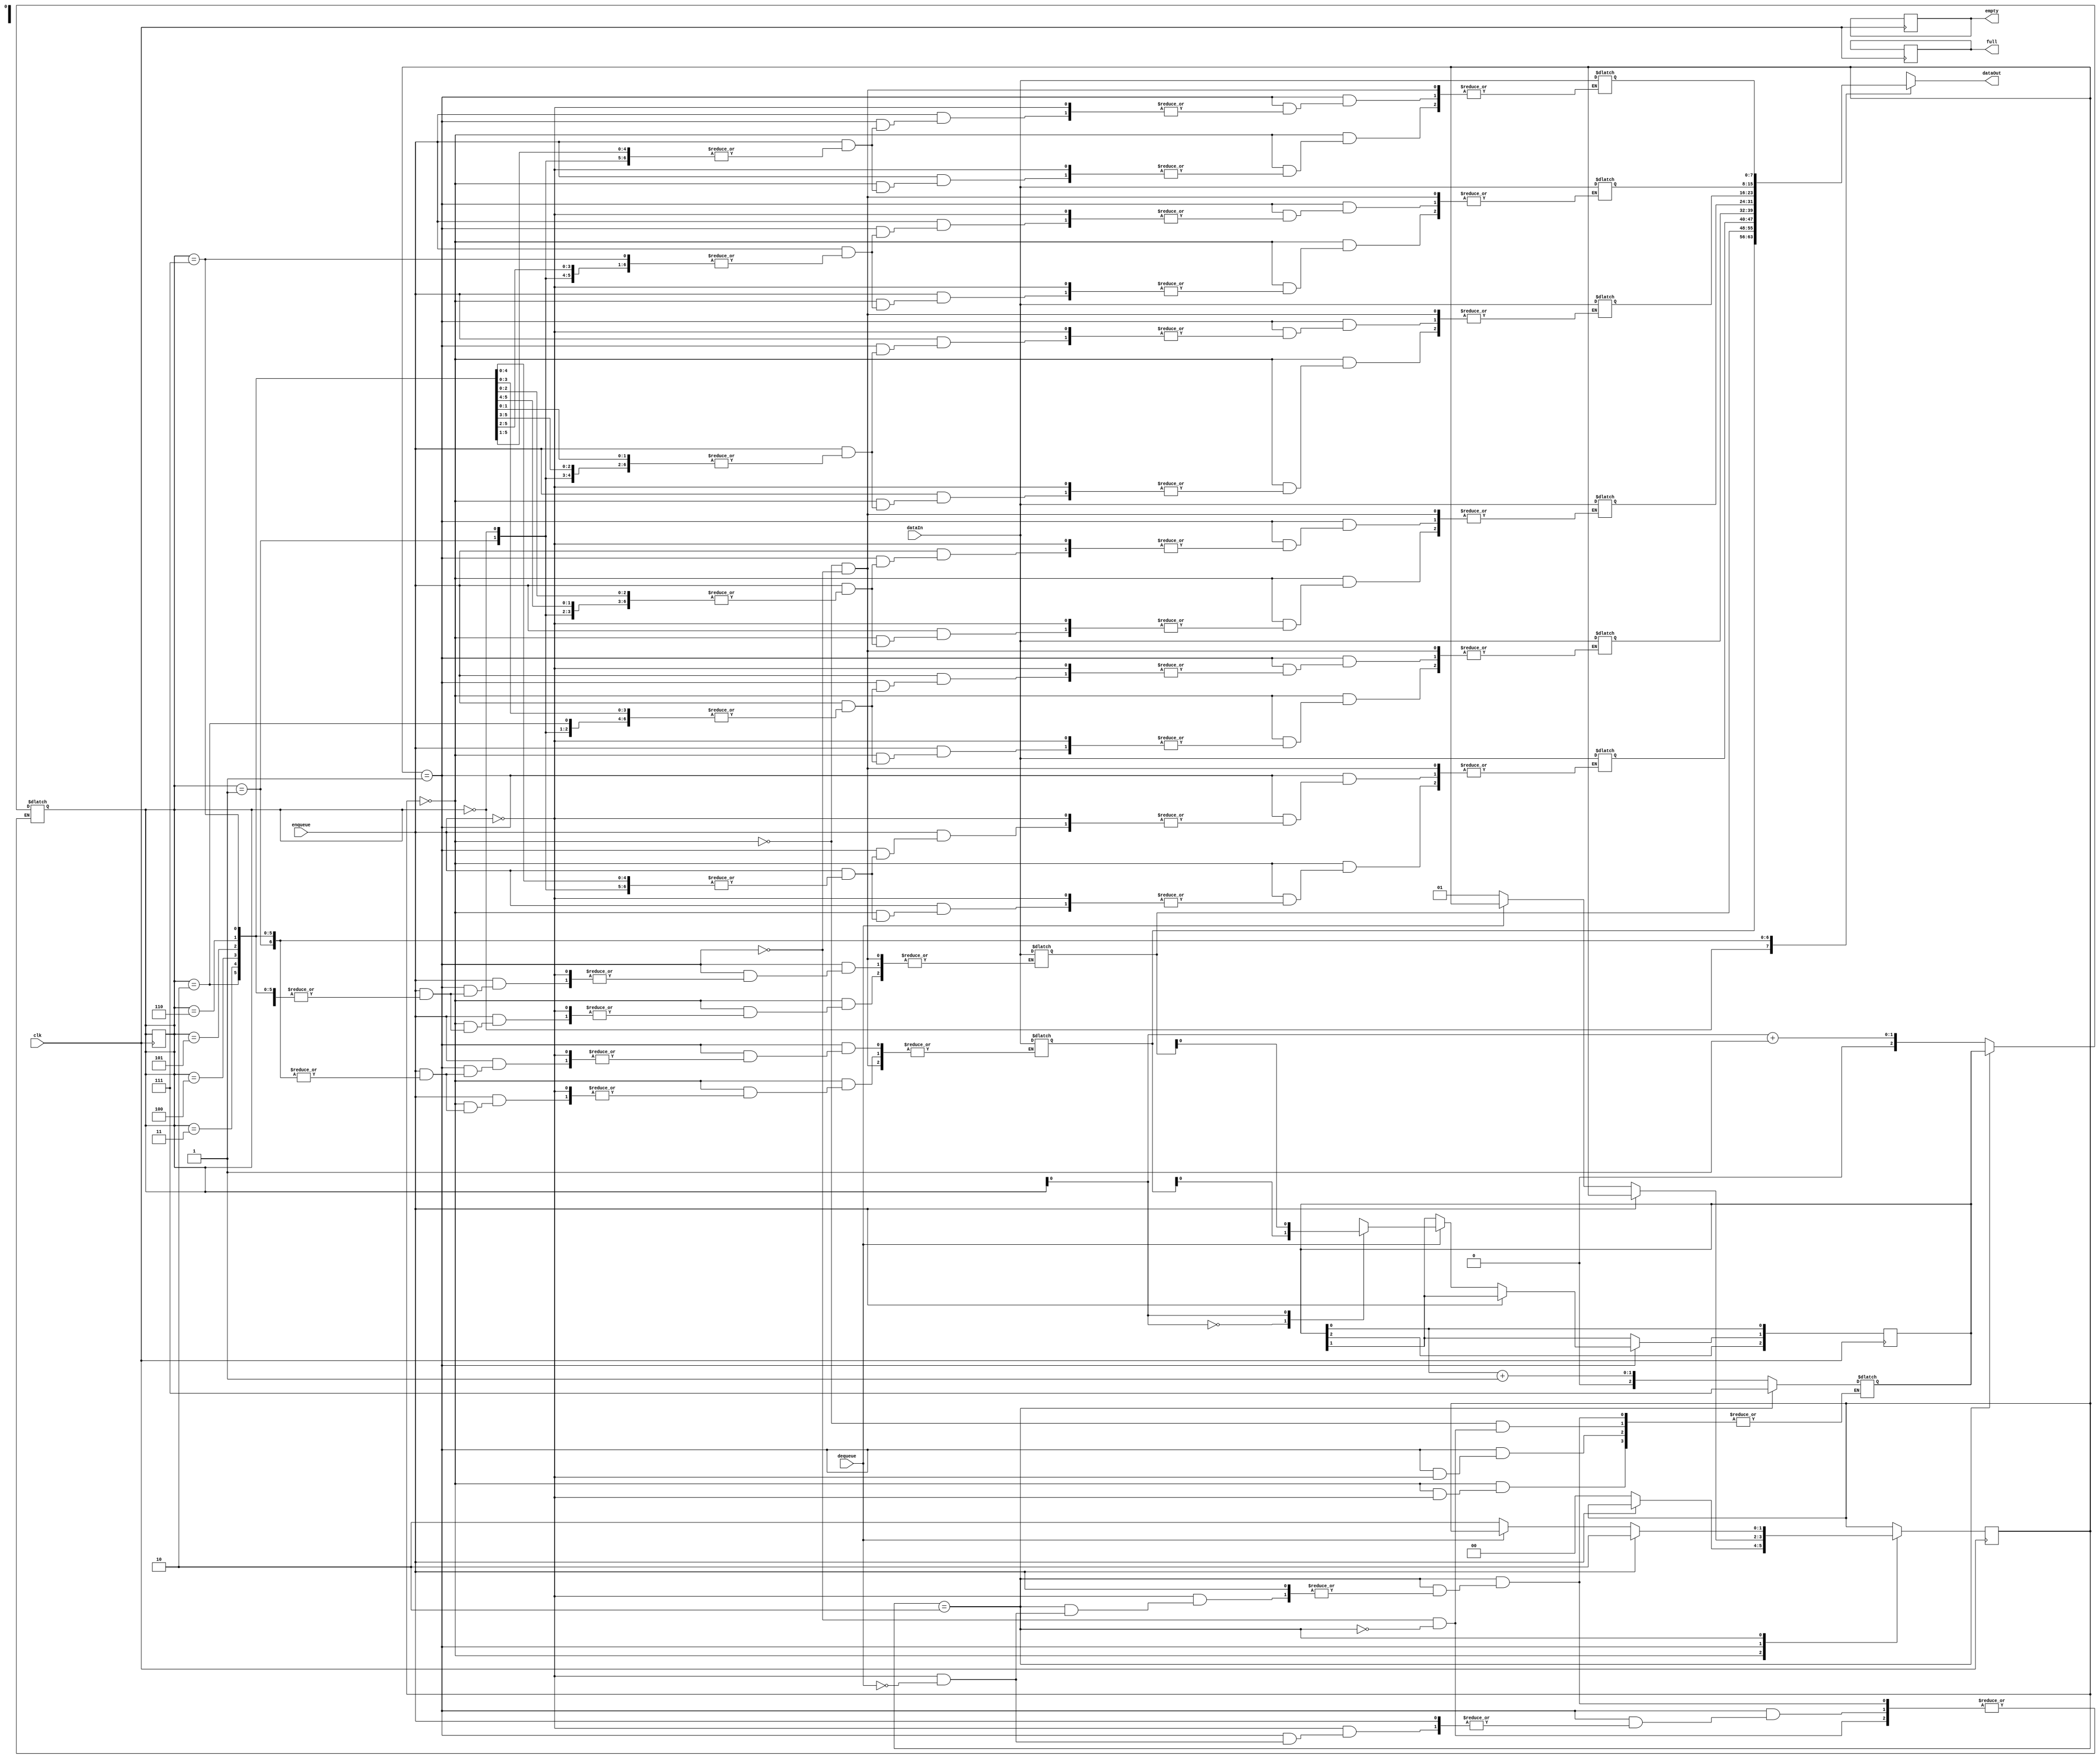
`timescale 1ns / 1ps
//////////////////////////////////////////////////////////////////////////////////
// Company: 
// Engineer: 
// 
// Design Name: 
// Module Name: FIFO
// Project Name: 
// Target Devices: 
// Tool Versions: 
// Description: 
// 
// Dependencies: 
// 
// Revision:
// Revision 0.01 - File Created
// Additional Comments:
// 
//////////////////////////////////////////////////////////////////////////////////

module FIFO
  (
    input [7:0]dataIn,
    input clk,enqueue,dequeue,
    output reg full,empty,
    output [7:0]dataOut
  );
  
  // enqueue = "place" and dequeue = "remove"
  
  // Declare State Constants...
  localparam [1:0]
  	EMPTY = 2'b00,
  	USED = 2'b01,
  	FULL = 2'b10;
  
  // Declare Circular Queue...
  reg [7:0]buffer[7:0];
  
  // Declare Registers...
  reg [2:0]head,headNext,tail,tailNext;
  reg [1:0]state,stateNext;
  reg emptyNext,fullNext;
  
  initial
    begin
      head = 'd0;
      tail = 'd0;
      headNext = 'd0;
      tailNext = 'd0;
      state = 'd0;
      stateNext = 'd0;
      full = 0;
      fullNext = 0;
      empty = 1;
      emptyNext = 1;
    end
  
  // Current State Logic...
  always@(posedge clk)
    begin
      state <= stateNext;
      head <= headNext;
      tail <= tailNext;
      full <= fullNext;
      empty <= emptyNext;
    end
  
  // Next State Logic...
  always@*
    begin
      stateNext = state;
      headNext = head;
      tailNext = tail;
      emptyNext = empty;
      fullNext = full;
      
      case(stateNext)
        EMPTY:
          begin
            if(enqueue)
              begin
                tail = (tail[0]+1);
                buffer[head] = dataIn;
                // Finish writing code here...
              end
            else
              stateNext = EMPTY;
          end
        USED:
          begin
            if(enqueue)
              begin
                tail = (tail[0]+1);
                buffer[head] = dataIn;
                // Finish writing code here...
              end
            else if(dequeue)
              begin
                tailNext[1] = buffer[head[0]];
                head = (head[0]+1);
                // Finish writing code here...
              end
            else
                stateNext = USED;
          end
        FULL:
          begin
            if(enqueue)
              stateNext = FULL;
            else if(dequeue)
              begin
                tail = -1;
                head = tailNext;
                // Finish writing code here...
              end
            else
              stateNext = FULL;
          end
      endcase
    end
  
  assign dataOut = buffer[head];
  
endmodule